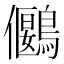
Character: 𪅬